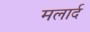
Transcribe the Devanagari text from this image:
मलार्द